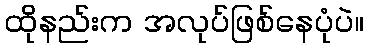
ထိုနည်းက အလုပ်ဖြစ်နေပုံပဲ။